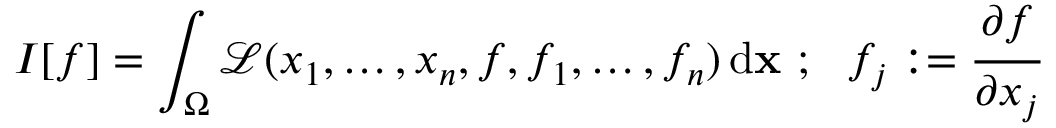
I [ f ] = \int _ { \Omega } { \mathcal { L } } ( x _ { 1 } , \dots , x _ { n } , f , f _ { 1 } , \dots , f _ { n } ) \, \mathrm { d } \mathbf { x } \, \! ~ ; ~ ~ f _ { j } : = { \cfrac { \partial f } { \partial x _ { j } } }